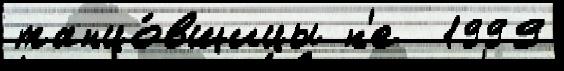
танцо́вщицы н'е  1999